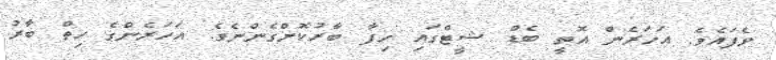
ވެފައެވެ. އަހަރެން އޮތީ ބެޑް ޝީޓްގައި ހިފާ ބާރުކޮށްގެންނެވެ. އަހަރެންގެ ހިތް ބާރު